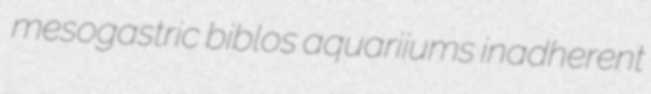
mesogastric biblos aquariiums inadherent